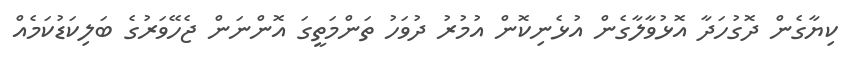
ކިޔާގެން ދޮގުހަދާ އޮޅުވާލާގެން އުޅެނިކޮން އުމުރު ދުވަހު ތަންމަތީގަ އޮންނަން ޖެހޭވަރުގެ ބަލިކަޑުކަމެއް